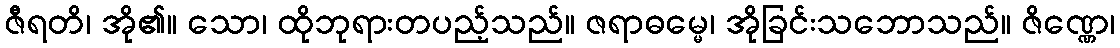
ဇီရတိ၊ အို၏။ သော၊ ထိုဘုရားတပည့်သည်။ ဇရာဓမ္မေ၊ အိုခြင်းသဘောသည်။ ဇိဏ္ဏေ၊